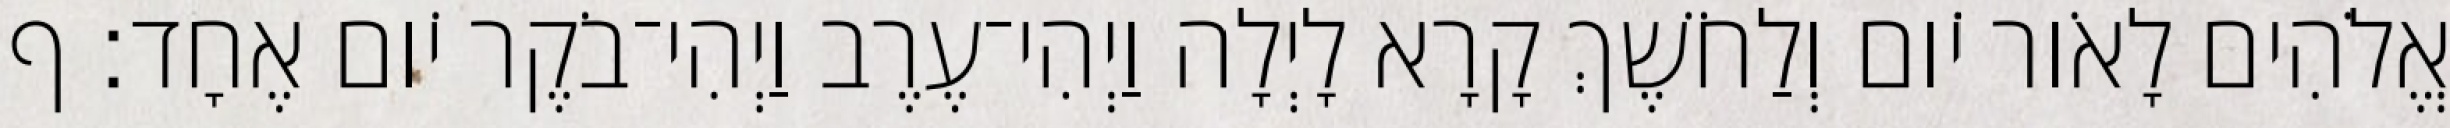
אֱלֹהִים לָאֹור יֹום וְלַחֹשֶׁךְ קָרָא לָיְלָה וַיְהִי־עֶרֶב וַיְהִי־בֹקֶר יֹום אֶחָד׃ ף